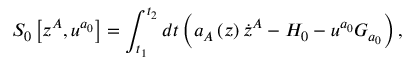
S _ { 0 } \left[ z ^ { A } , u ^ { a _ { 0 } } \right] = \int _ { t _ { 1 } } ^ { t _ { 2 } } d t \left( a _ { A } \left( z \right) \dot { z } ^ { A } - H _ { 0 } - u ^ { a _ { 0 } } G _ { a _ { 0 } } \right) ,